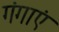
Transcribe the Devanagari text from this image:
गंगाएं